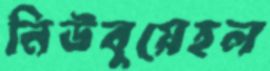
নিউবুয়েহল